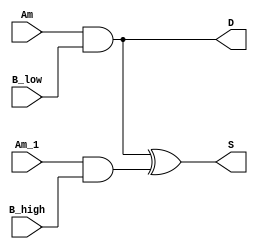
`timescale 1ns/1ns
module LUT_a(
    input           Am          ,
    input           B_low       ,
    input           Am_1        ,
    input           B_high      ,
    output          S           ,  // O6
    output          D              // O5          
);

   assign S = (Am & B_low) ^ (Am_1 & B_high);
   assign D = Am & B_low;

endmodule // LUT_a